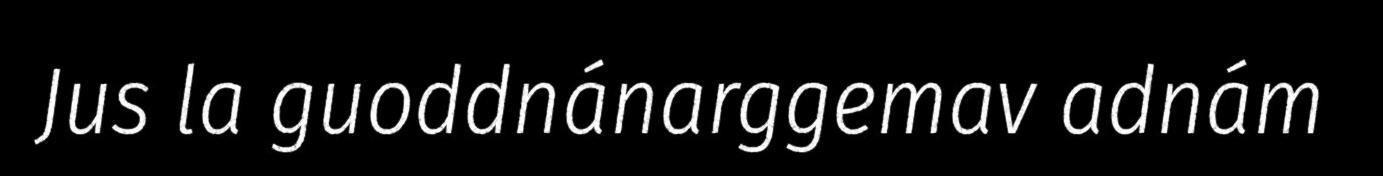
Jus la guoddnánarggemav adnám